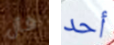
فأل أحد